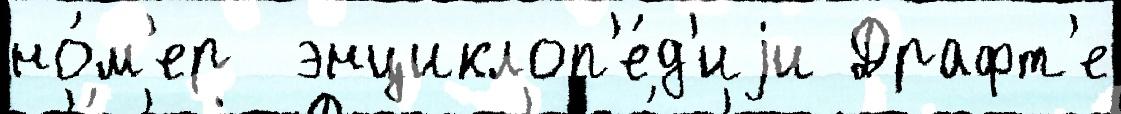
но́м'ер  энциклоп'е́д'иjи Драфт'е